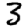
Digit: 3